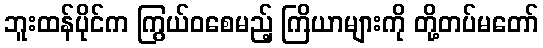
ဘူးထန်ပိုင်က ကြွယ်ဝစေမည့် ကြိယာများကို တို့တပ်မတော်